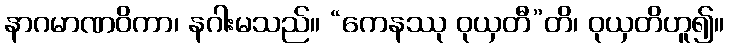
နာဂမာဏဝိကာ၊ နဂါးမသည်။ “ကေနဿု ဝုယှတီ”တိ၊ ဝုယှတိဟူ၍။